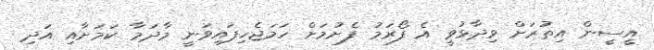
އީސީން އިތުރަށް ވިދާޅުވީ އެ ފޯރަމު ފެށުމަށް ހަމަޖެހިފައިވަނީ މާދަމާ ކަމަށާއި އަދި